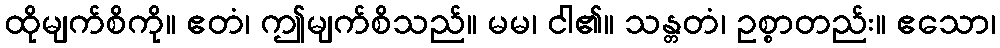
ထိုမျက်စိကို။ ဧတံ၊ ဤမျက်စိသည်။ မမ၊ ငါ၏။ သန္တတံ၊ ဥစ္စာတည်း။ ဧသော၊